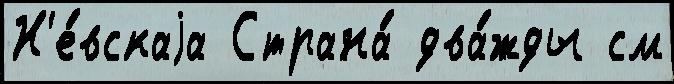
Н'е́вскаjа Страна́ два́жды см